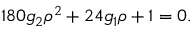
1 8 0 g _ { 2 } { \rho } ^ { 2 } + 2 4 g _ { 1 } \rho + 1 = 0 .